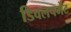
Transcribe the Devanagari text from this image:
डिवलपमेंट